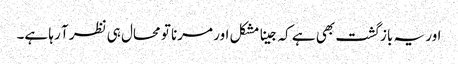
اور یہ باز گشت بھی ہے کہ جینا مشکل اور مرنا تو محال ہی نظر آ رہا ہے۔